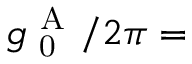
g _ { \mathrm { ~ 0 ~ } } ^ { \mathrm { ~ A ~ } } / 2 \pi =